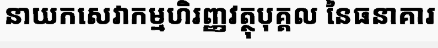
នាយកសេវាកម្មហិរញ្ញវត្ថុបុគ្គល នៃធនាគារ